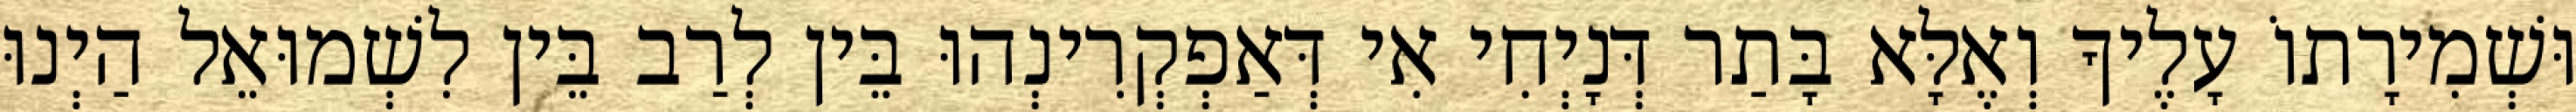
וּשְׁמִירָתוֹ עָלֶיךָ וְאֶלָּא בָּתַר דְּנָיְחִי אִי דְּאַפְקְרִינְהוּ בֵּין לְרַב בֵּין לִשְׁמוּאֵל הַיְנוּ